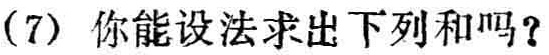
(7) 你能设法求出下列和吗？